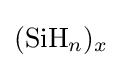
{\textstyle {\ce {(SiH_{n})_{x}}}}